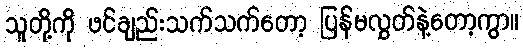
သူတို့ကို ဖင်ချည်းသက်သက်တော့ ပြန်မလွှတ်နဲ့တော့ကွာ။